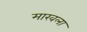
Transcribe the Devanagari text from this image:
माखला